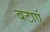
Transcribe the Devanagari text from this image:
बटाएं